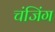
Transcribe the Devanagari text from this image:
चंजिंग